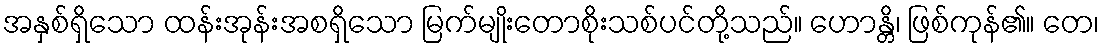
အနှစ်ရှိသော ထန်းအုန်းအစရှိသော မြက်မျိုးတောစိုးသစ်ပင်တို့သည်။ ဟောန္တိ၊ ဖြစ်ကုန်၏။ တေ၊